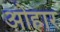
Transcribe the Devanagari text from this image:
ओहार